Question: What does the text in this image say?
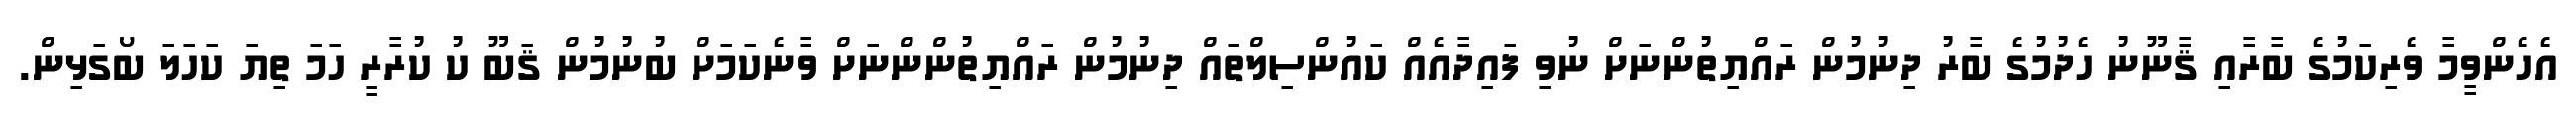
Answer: އެހެންވީމާ ވެރިކަމުގެ ބާރާއި ޤާނޫނު ހެދުމުގެ ބާރު ދިނުމުން ރައްޔިތުންނަށް ނުވި ފައިދާއެއް ކައުންސިލްތައް ދިނުމުން ރައްޔިތުންންނަށް ވާނެކަމަށް ބުނުމުން ޤަބޫ ކު ކުރާރީ ހަމަ ތިޔަ ކަހަލަ ބޯގަޅިން.